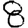
Digit: 8